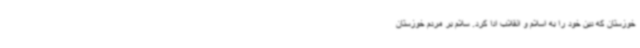
خوزستان که دین خود را به اسلام و انقلاب ادا کرد. سلام بر مردم خوزستان